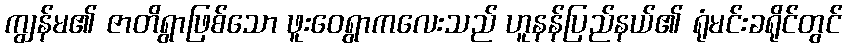
ကျွန်မ၏ ဇာတိရွာဖြစ်သော ဖူးဝေရွာကလေးသည် ဟူနန်ပြည်နယ်၏ ရုံမင်းခရိုင်တွင်